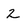
Character: 2